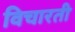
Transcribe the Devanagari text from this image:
विचारती